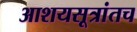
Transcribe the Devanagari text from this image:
आशयसूत्रांतच